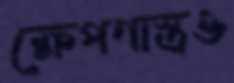
ক্ষেপণাস্ত্রও